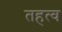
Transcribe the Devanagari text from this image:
तहत्व